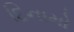
દિનામો